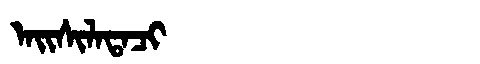
Manchu: ᠠᡳᠰᡳᠯᠠᡨᠠᠴᡳ
Romanization: AISILATACI